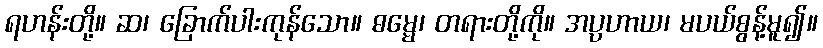
ရဟန်းတို့။ ဆ၊ ခြောက်ပါးကုန်သော။ ဓမ္မေ၊ တရားတို့ကို။ အပ္ပဟာယ၊ မပယ်စွန့်မူ၍။